Lunatic asylums Bombay report 1878-1890 - 1878-1890
Year: 1878
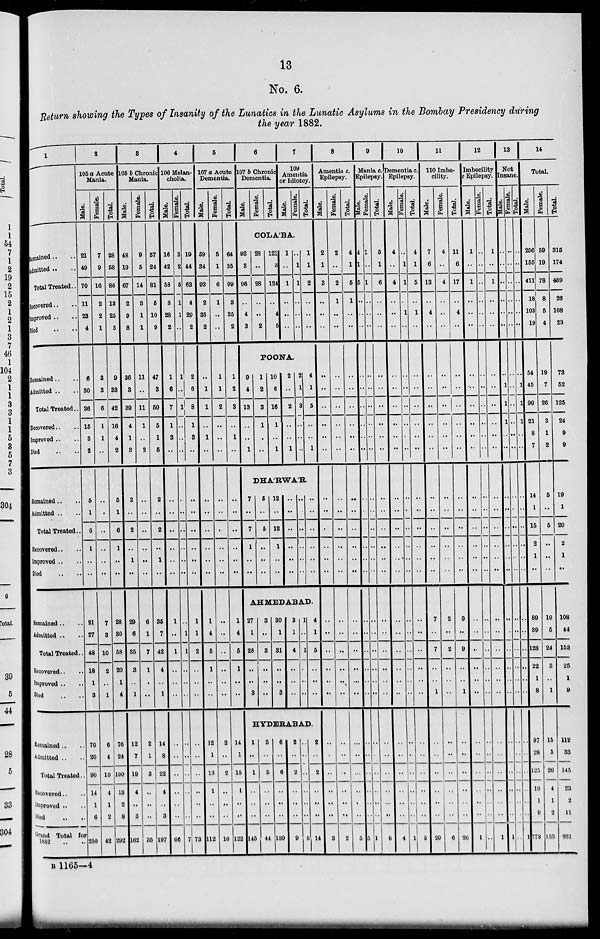
13
No. 6.
Return showing the Types of Insanity of the Lunatics in the Lunatic Asylums in the Bombay Presidency during
the year 1882.
1
Remained .. ..
Admitted .. ..
Total Treated .. ..
Recovered .. ..
Improved .. ..
Died .. ..
Remained .. ..
Admitted ..
Total Treated ..
Recovered .. ..
Improved
..
..
Died .. ..
Remained .. ..
Admitted .. ..
Total Treated ..
Recovered .. ..
Improved .. ..
Died .. ..
Remained .. ..
Admitted .. ..
Total Treated ..
Recovered .. ..
Improved .. ..
Died .. ..
Remained .. ..
Admitted .. ..
Total Treated ..
Recovered .. ..
Improved .. ..
Died .. ..
Grand Total for
1882 .. ..
2
105 a Acute
Mania.
Male.
21
49
70
11
23
4
6
30
36
15
3
2
5
1
6
1
..
..
21
27
48
18
1
3
70
20
90
14
1
6
250
Female
7
9
16
2
2
1
3
3
6
1
1
..
..
..
..
..
..
..
7
3
10
2
..
1
6
4
10
4
1
2
42
Total.
28
58
86
13
25
5
9
33
42
16
4
2
5
1
6
1
..
..
28
30
58
20
1
4
76
24
100
18
2
8
292
3
105 b Chronic
Mania.
Male.
48
19
67
2
9
8
36
3
39
4
1
3
2
..
2
..
1
..
29
6
35
3
..
1
12
7
19
4
..
3
162
Female.
9
5
14
3
1
1
11
..
11
1
..
2
..
..
..
..
..
..
6
1
7
1
..
..
2
1
3
..
..
..
35
Total.
57
24
81
5
10
9
47
3
50
5
1
5
2
..
2
..
1
..
35
7
42
4
..
1
14
8
22
4
..
3
197
4
106 Melan-
cholia.
Male.
16
42
58
3
28
2
1
6
7
1
3
..
..
..
..
..
..
..
1
..
1
..
..
..
..
..
..
..
..
..
66
Female.
3
2
5
1
1
..
1
..
1
..
..
..
..
..
..
..
..
..
..
1
1
..
..
..
..
..
..
..
..
..
7
Total.
19
44
63
4
29
2
2
6
8
1
8
..
..
..
..
..
..
..
1
1
2
..
..
..
..
..
..
..
..
..
73
5
107 a Acute
Dementia.
Male.
59
34
93
2
35
2
..
1
1
..
1
..
..
..
..
..
..
..
1
4
5
1
..
..
12
1
13
1
..
..
112
Female.
5
1
6
1
..
..
1
1
2
..
..
..
..
..
..
..
..
..
..
..
..
..
..
..
2
..
2
..
..
..
10
Total.
64
35
99
3
35
2
1
2
3
..
1
..
..
..
..
..
..
..
1
4
5
1
..
..
14
1
15
1
..
..
122
6
107 6 Chronic
Dementia.
Male.
Female.
Total.
7
109
Amentia
or Idiotcy.
Male.
Female.
Total.
COLÁBA.
93
3
96
..
4
3
28
..
28
..
..
2
121
3
124
..
4
5
1
..
1
..
..
..
..
1
1
..
..
..
1
1
2
..
..
..
POONA.
9
4
13
..
..
1
1
2
3
1
..
..
10
6
16
1
..
1
2
..
2
..
..
1
2
1
3
..
..
..
4
1
5
..
..
1
DHA'RWA'R.
7
..
7
1
..
..
5
..
5
..
..
..
12
..
12
1
..
..
..
..
..
..
..
..
..
..
..
..
..
..
..
..
..
..
..
..
AHMEDABAD.
27
1
28
..
..
3
3
..
3
..
..
..
30
1
31
..
..
3
3
1
4
..
..
..
1
..
1
..
..
..
4
1
5
..
..
..
HYDERABAD.
1
..
1
..
..
..
145
5
..
5
..
..
..
44
6
..
6
..
..
..
189
2
..
2
..
..
..
9
..
..
..
..
..
..
5
2
..
2
..
..
..
14
8
Amentia c.
Epilepsy.
Male.
2
1
3
..
..
..
..
..
..
..
..
..
..
..
..
..
..
..
..
..
..
..
..
..
..
..
..
..
..
..
3
Female.
2
..
2
1
..
..
..
..
..
..
..
..
..
..
..
..
..
..
..
..
..
..
..
..
..
..
..
..
..
..
2
Total.
4
1
5
1
..
..
..
..
..
..
..
..
..
..
..
..
..
..
..
..
..
..
..
..
..
..
..
..
..
..
5
9
Mania c.
Epilepsy.
Male.
4
1
5
....
..
..
..
..
..
..
..
..
..
..
..
..
..
..
..
..
..
..
..
..
..
..
..
..
..
..
5
Female.
1
..
1
..
..
..
..
..
..
..
..
..
..
..
..
..
..
..
..
..
..
..
..
..
..
..
..
..
..
..
1
Total.
5
1
6
..
..
..
..
..
..
..
..
..
..
..
..
..
..
..
..
..
..
..
..
..
..
..
..
..
..
..
6
10
Dementia c.
Epilepsy.
Male.
4
..
4
..
..
..
..
..
..
..
..
..
..
..
..
..
..
..
..
..
..
..
..
..
..
..
..
..
..
..
4
Female.
..
1
1
..
1
..
..
..
..
..
..
..
..
..
..
..
..
..
..
..
..
..
..
..
..
..
..
..
..
..
1
Total.
4
1
5
..
1
..
..
..
..
..
..
..
..
..
..
..
..
..
..
..
..
..
..
..
..
..
..
..
..
..
5
11
110 Imbe-
cility.
Male.
7
6
13
..
4
..
..
..
..
..
..
..
..
..
..
..
..
..
7
..
7
..
..
1
..
..
..
..
..
..
20
Female.
4
..
4
..
..
..
..
..
..
..
..
..
..
..
..
..
..
..
2
..
2
..
..
..
..
..
..
..
..
..
6
Total.
11
6
17
..
4
..
..
..
..
..
..
..
..
..
..
..
..
..
9
..
9
..
..
1
..
..
..
..
..
..
26
12
Imbecility
Epilepsy.
Male.
1
..
1
..
..
..
..
..
..
..
..
..
..
..
..
..
..
..
..
..
..
..
..
..
..
..
..
..
..
..
1
Female.
..
..
..
..
..
..
..
..
..
..
..
..
..
..
..
..
..
..
..
..
..
..
..
..
..
..
..
..
..
..
..
Total.
1
..
1
..
..
..
..
..
..
..
..
..
..
..
..
..
..
..
..
..
..
..
..
..
..
..
..
..
..
..
1
13
Not
Insane.
Male.
..
..
..
..
..
..
..
1
1
1
..
..
..
..
..
..
..
..
..
..
..
..
..
..
..
..
..
..
..
..
1
Female.
..
..
..
..
..
..
..
..
..
..
..
..
..
..
..
..
..
..
..
..
..
..
..
..
..
..
..
..
..
..
..
Total.
..
..
..
..
..
..
..
1
1
1
..
..
..
..
..
..
..
..
..
..
..
..
..
..
..
..
..
..
..
..
1
14
Total.
Male.
256
155
411
18
103
19
54
45
99
21
8
7
14
1
15
2
1
..
89
39
128
22
1
8
97
28
125
19
1
9
778
Female.
59
19
78
8
5
4
19
7
26
3
1
2
5
..
5
..
..
..
19
5
24
3
..
1
15
5
20
4
1
2
153
Total.
315
174
489
26
108
23
73
52
125
24
9
9
19
1
20
2
1
..
108
44
152
25
1
9
112
33
145
23
2
11
931
B 1165—4